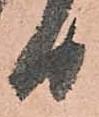
日